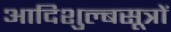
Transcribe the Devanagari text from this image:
आदिशुल्बसूत्रों